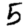
Digit: 5